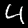
Label: 4